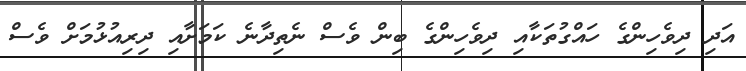
އަދި ދިވެހިންގެ ހައްގުތަކާއި ދިވެހިންގެ ބިން ވެސް ނެތިދާނެ ކަމަށާއި ދިރިއުޅުމަށް ވެސް